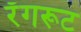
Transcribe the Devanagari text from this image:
रँगरूट